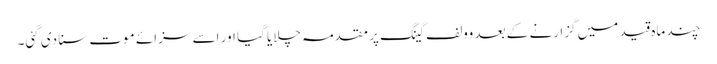
چند ماہ قید میں گزارنے کے بعد وولف گینگ پر مقدمہ چلایا گیا اور اسے سزائے موت سنا دی گئی۔